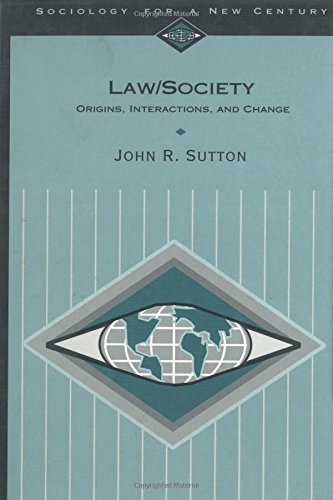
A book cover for Law/Society: Origins, Interactions, and Change (Sociology for a New Century Series); John R. Sutton; Law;